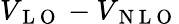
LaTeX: V_{\mathrm{~L~O~}}-V_{\mathrm{~N~L~O~}}